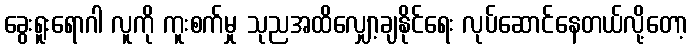
ခွေးရူးရောဂါ လူကို ကူးစက်မှု သုညအထိလျှော့ချနိုင်ရေး လုပ်ဆောင်နေတယ်လို့တော့